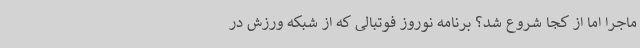
ماجرا اما از کجا شروع شد؟ برنامه نوروز فوتبالی که از شبکه ورزش در